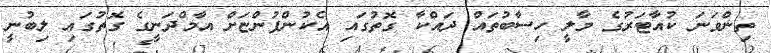
ތިންވަނަ ކުއާޓަރުގެ މާލީ ހިސާބުތައް ދައްކާ ގޮތުގައި އެކުންފުންޏަށް އާމްދަނީގެ ގޮތުގައި ލިބުނީ